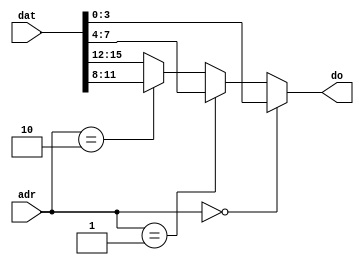
module MUX16_4 (input [15:0] dat, output wire [3:0] do,
                input [1:0] adr);
	assign do = (adr==0)? dat[3:0]:
              (adr==1)? dat[7:4]:
              (adr==2)? dat[11:8]: 
                        dat[15:12];
endmodule